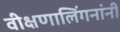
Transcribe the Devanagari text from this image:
वीक्षणालिंगनांनीं